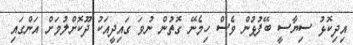
އިދިކޮޅު ސިޔާސީ ބޭފުޅުން ވެސް ހިމެނޭ ގޮތުން ނުވަ ގައިދީއަކު ދޫކޮށްލުމަށް އަންގައި